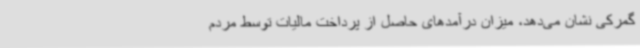
گمرکی نشان می‌دهد، میزان درآمدهای حاصل از پرداخت مالیات توسط مردم